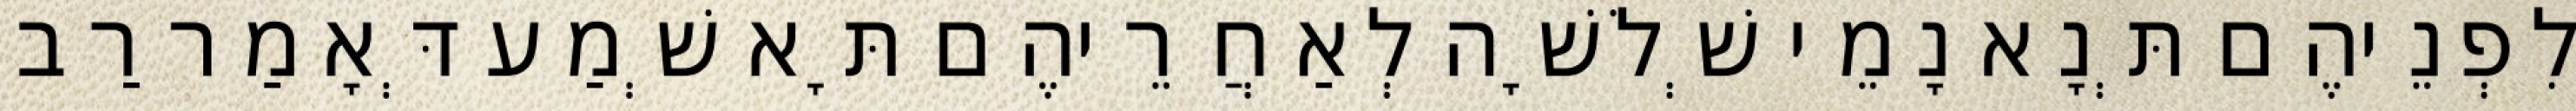
לִפְנֵיהֶם תְּנָא נָמֵי שְׁלֹשָׁה לְאַחֲרֵיהֶם תָּא שְׁמַע דְּאָמַר רַב